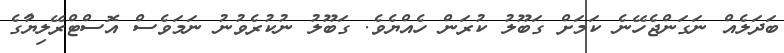
ބަދަލެއް ނަގަންޖެހޭނެ ކަމަށް ގަބޫލު ކުރަން ހެއްޔެވެ. ގަބޫލު ނުކުރެވުނު ނަމަވެސް އޮސްޓްރޭލިޔާުގެ